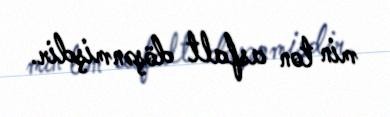
min ton asfalt döşənmişdir.